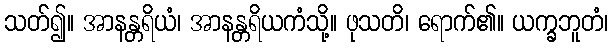
သတ်၍။ အာနန္တရိယံ၊ အာနန္တရိယကံသို့။ ဖုသတိ၊ ရောက်၏။ ယက္ခဘူတံ၊